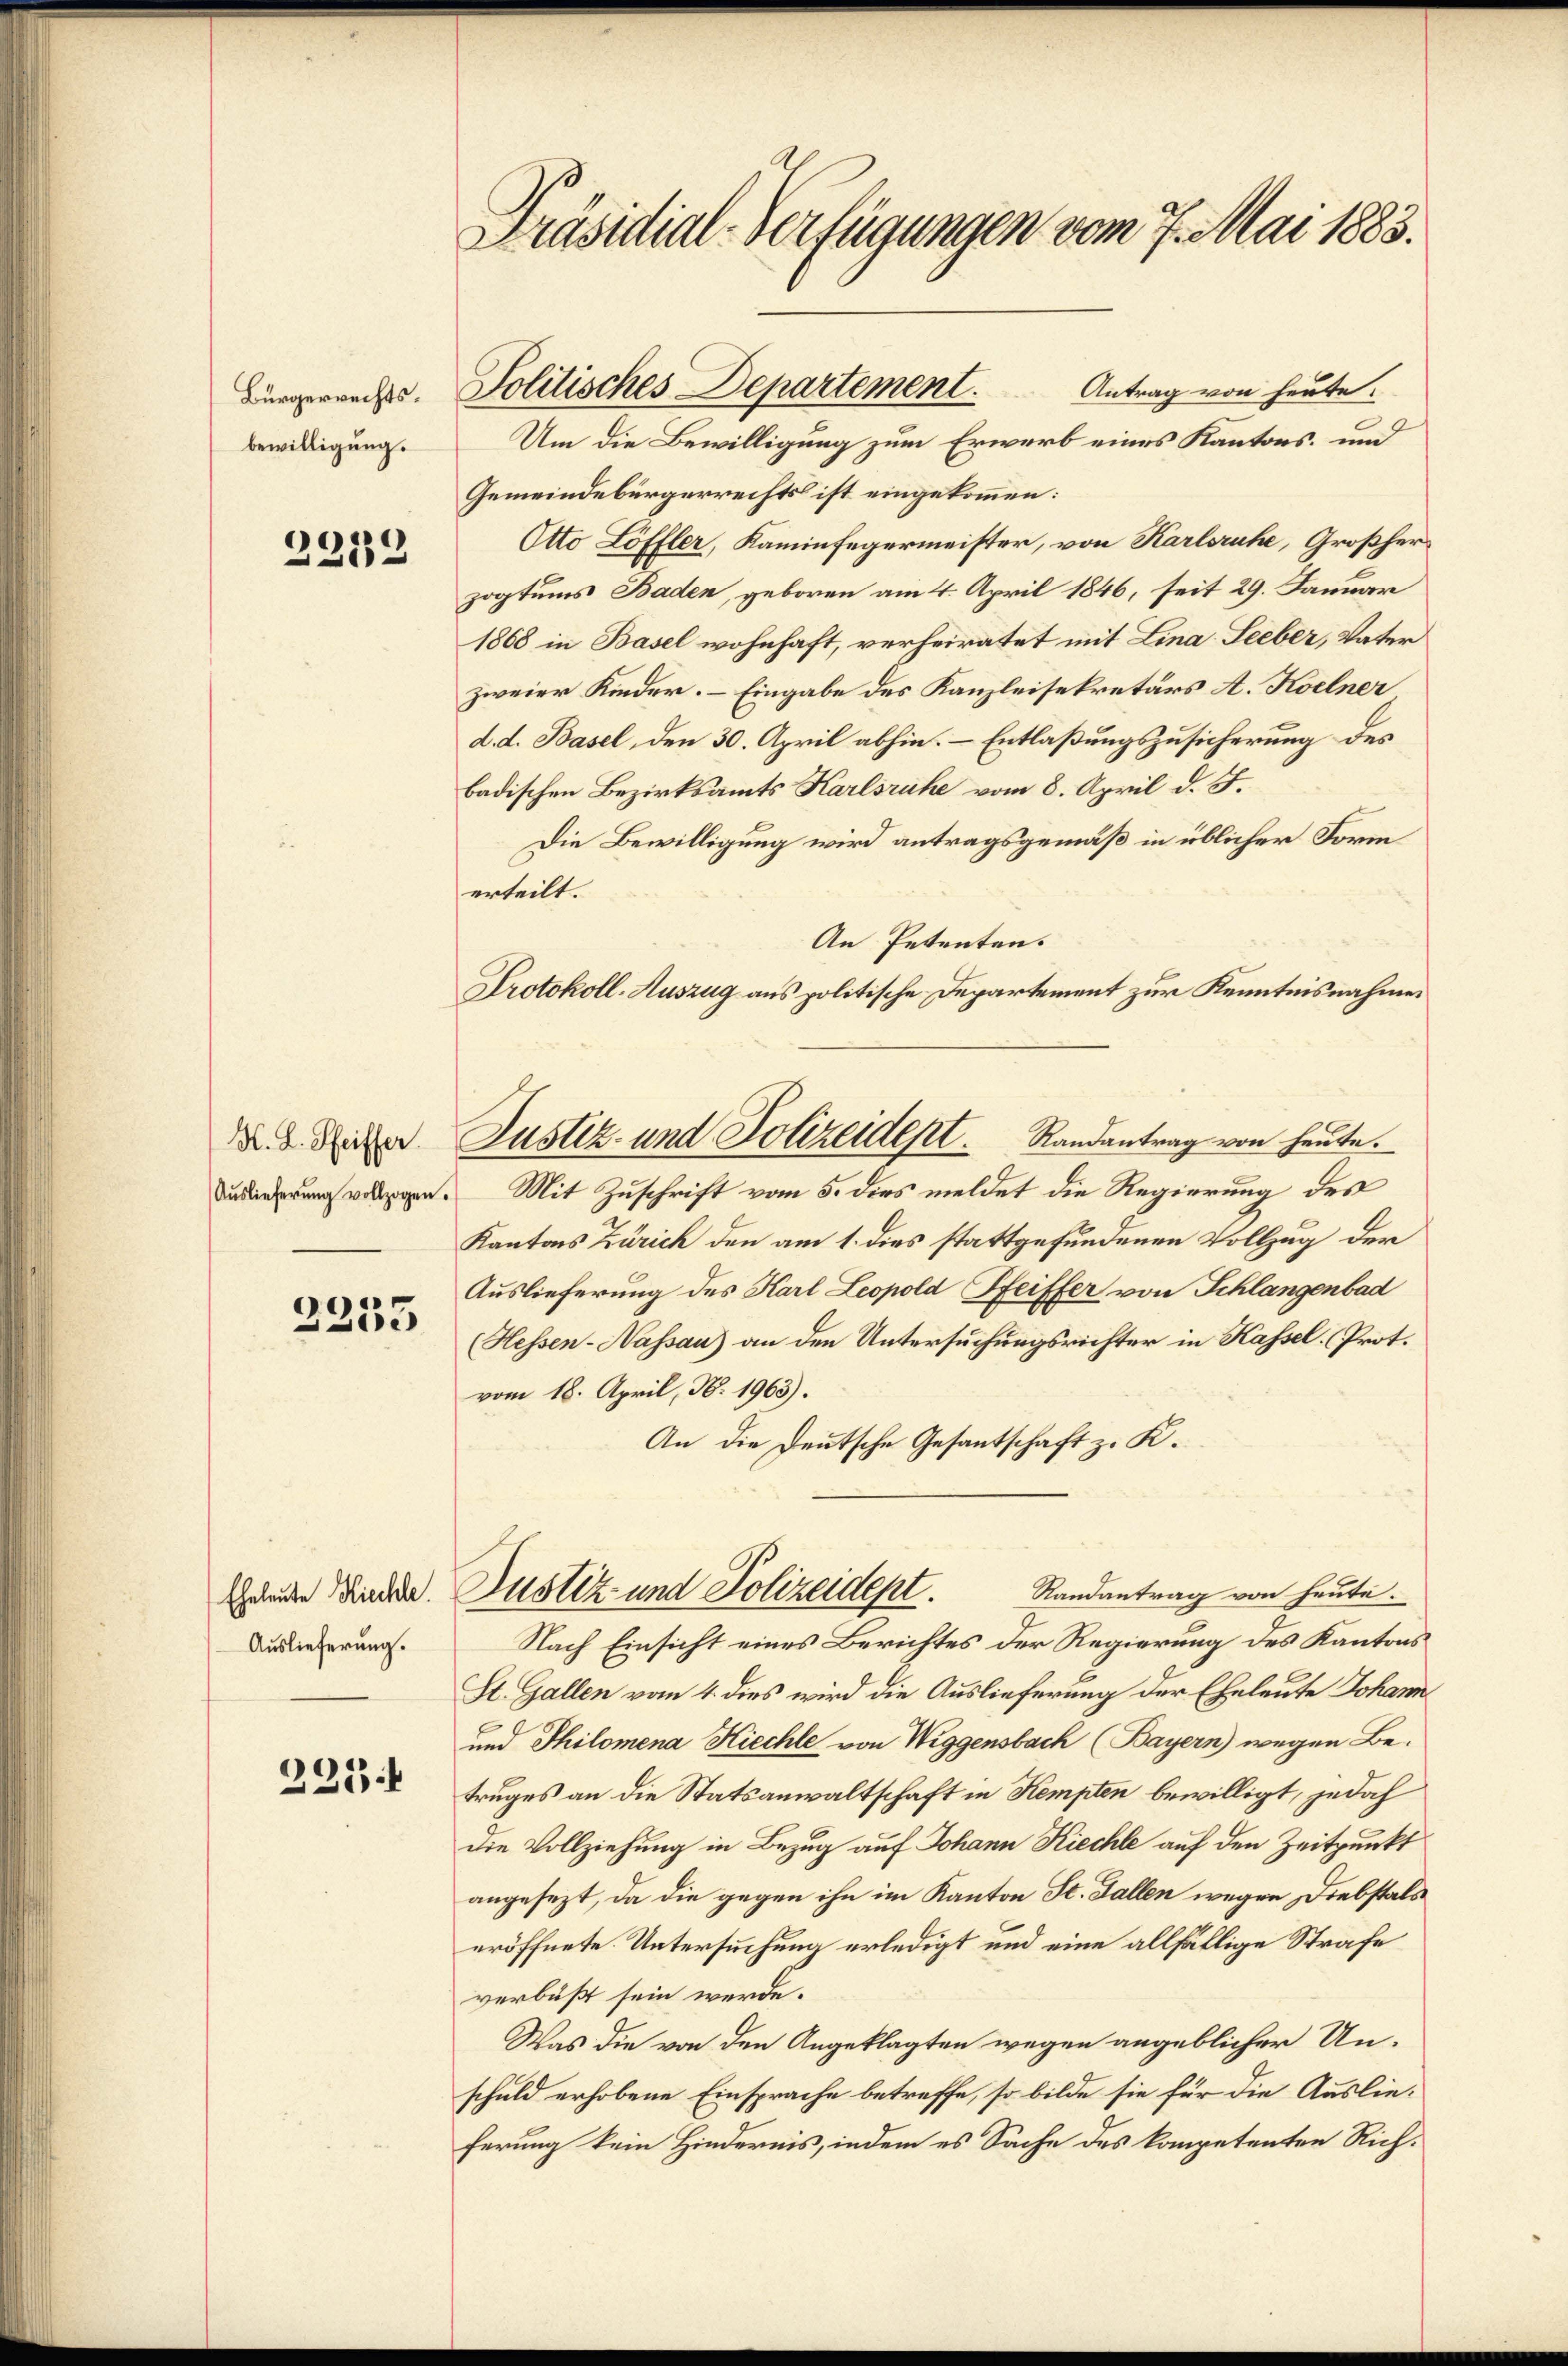
Bürgerrechtsbewilligung.

2232

K. L. Pfeiffer
Auslieferung vollzogen

e

Eheleute Kiechle.
Auslieferung.

223.

Präsidial-Verfügungen vom 7. Mai 1883.

Antrag von heute.
Um die Bewilligung zum Erwarb eines Kantons- und
Gemeindebürgerrechts ist eingekommen:
Otto Löffler, Kaminfegermeister, von Karlsruhe, Großherzogtums Baden, geboren am 4. April 1846, seit 29. Januar
1868 in Basel wohnhaft, verheiratet mit Lina Leeber, Vater
zweier Kinder. – Eingabe des Kanzleisekretärs A. Koelner
d. d. Basel, den 30. April abhin. Entlaßungszusicherung des
badischen Bezirksamts Karlsruhe vom 8. April d. J.
Die Bewilligung wird antragsgemäß in üblicher Form
erteilt.
An Petenten.
Protokoll-Auszug aus politische Departement zur Kenntnisnahme
Mit Zuschrift vom 5. dies meldet die Regierung des
Kantons Zürich den am 1. dies stattgefundenen Vollzug der
Auslieferung des Karl Leopold Pfeiffer von Schlangenbad
(Hessen-Nassau) an den Untersuchungsrichter in Kassel. (Prot.
vom 18. April, No. 1963).
An die Deutsche Gesantschaft z. K.
Justiz- und Polizeidept. Randantrag von heute.
Nach Einsicht eines Berichtes der Regierung des Kantons
St. Gallen vom 4. dies wird die Auslieferung der Eheleute Johann
und Philomena Kiechte von Wiggensbach (Bayern) wegen Be-
truges an die Statsanwaltschaft in Kempten bewilligt, jedoch
die Vollziehung in Bezug auf Johann Kiechte auf den Zeitpunkt
angesezt, da die gegen ihn im Kanton St. Gallen wegen Diebstals
eröffnete. Untersuchung erledigt und eine allfällige Strafe
verbüßt sein werde.
Was die von den Angeklagten wegen angeblicher Un-
schuld erhobene Einsprache betreffe, so bilde sie für die Auslieferung kein Hindernis, indem es Sache des kompetenten Rich¬

Politisches Departement.

Justiz- und Polizeidept. Randantrag von heute.